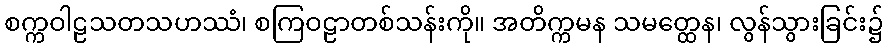
စက္ကဝါဠသတသဟဿံ၊ စကြဝဠာတစ်သန်းကို။ အတိက္ကမန သမတ္ထေန၊ လွန်သွားခြင်း၌